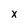
Character: x